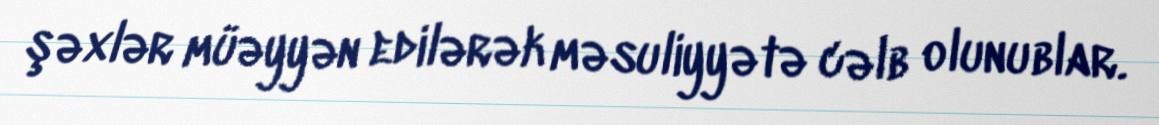
şəxlər müəyyən edilərək məsuliyyətə cəlb olunublar.